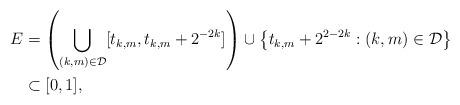
LaTeX: \begin{align*}E & = \left(\bigcup_{(k,m)\in\mathcal{D}} [t_{k,m},t_{k,m}+2^{-2k}]\right) \cup \left\{t_{k,m}+2^{2-2k}:(k,m)\in\mathcal{D} \right\} \\& \subset [0,1],\end{align*}